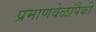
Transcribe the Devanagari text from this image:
प्रमाणवेळांपैकी